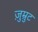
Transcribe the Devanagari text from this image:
ज़ुम्रुट